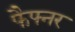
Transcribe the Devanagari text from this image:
फैफ्नर